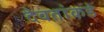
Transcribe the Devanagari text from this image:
देवतांकडे